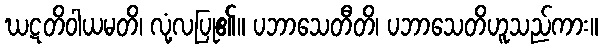
ဃဋတိဝါယမတိ၊ လုံ့လပြု၏။ ပဘာသေတီတိ၊ ပဘာသေတိဟူသည်ကား။